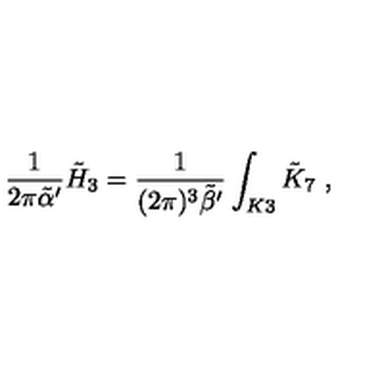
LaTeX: \frac { 1 } { 2 \pi { \tilde { \alpha } } ^ { \prime } } { \tilde { H } } _ { 3 } = \frac { 1 } { ( 2 \pi ) ^ { 3 } { \tilde { \beta } } ^ { \prime } } \int _ { K 3 } { \tilde { K } } _ { 7 } \ ,